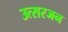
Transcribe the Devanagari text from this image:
उत्सरजन